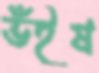
ভঁইষ